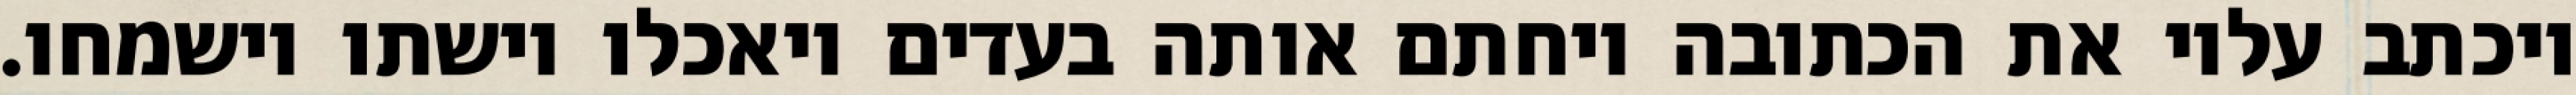
ויכתב עליו את הכתובה ויחתם אותה בעדים ויאכלו וישתו וישמחו.